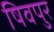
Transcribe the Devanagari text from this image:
षिवपुर